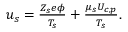
\begin{array} { r } { u _ { s } = \frac { Z _ { s } e \phi } { T _ { s } } + \frac { \mu _ { s } U _ { c , p } } { T _ { s } } . } \end{array}